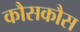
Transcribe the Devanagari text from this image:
कौसकौस